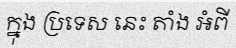
ក្នុង ប្រទេស នេះ តាំង អំពី